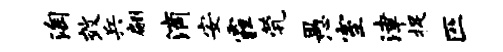
淘效兵翩滴安霾茕愚室津捉匹